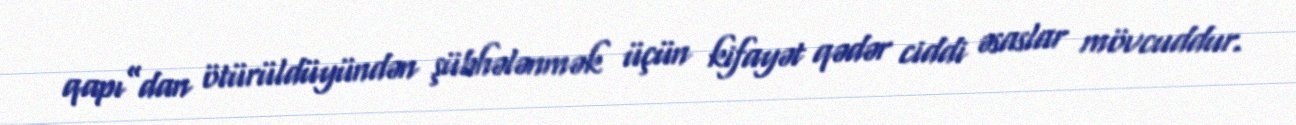
qapı”dan ötürüldüyündən şübhələnmək üçün kifayət qədər ciddi əsaslar mövcuddur.